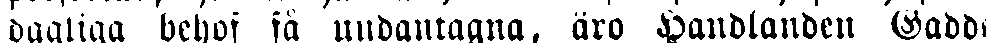
dagliga behof få undantagna, äro Handlanden Gadd